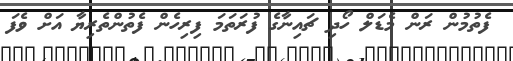
ފެތުމުން ރަން މެޑަލް ހޯދި ޗައިނާގެ ފުރަތަމަ ފިރިހެން ފެތުންތެރިޔާ އަށް ވެފަ